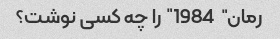
رمان "1984" را چه کسی نوشت؟